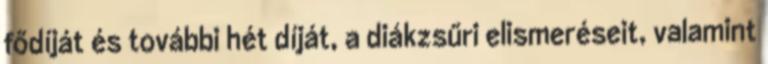
fődíját és további hét díját, a diákzsűri elismeréseit, valamint